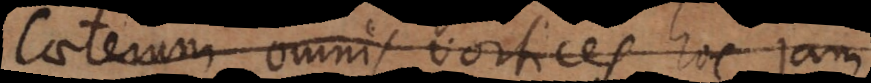
Caeterum omnis vortices hoc j